Vabadussoja_Ajaloo_Komitee, lk 9
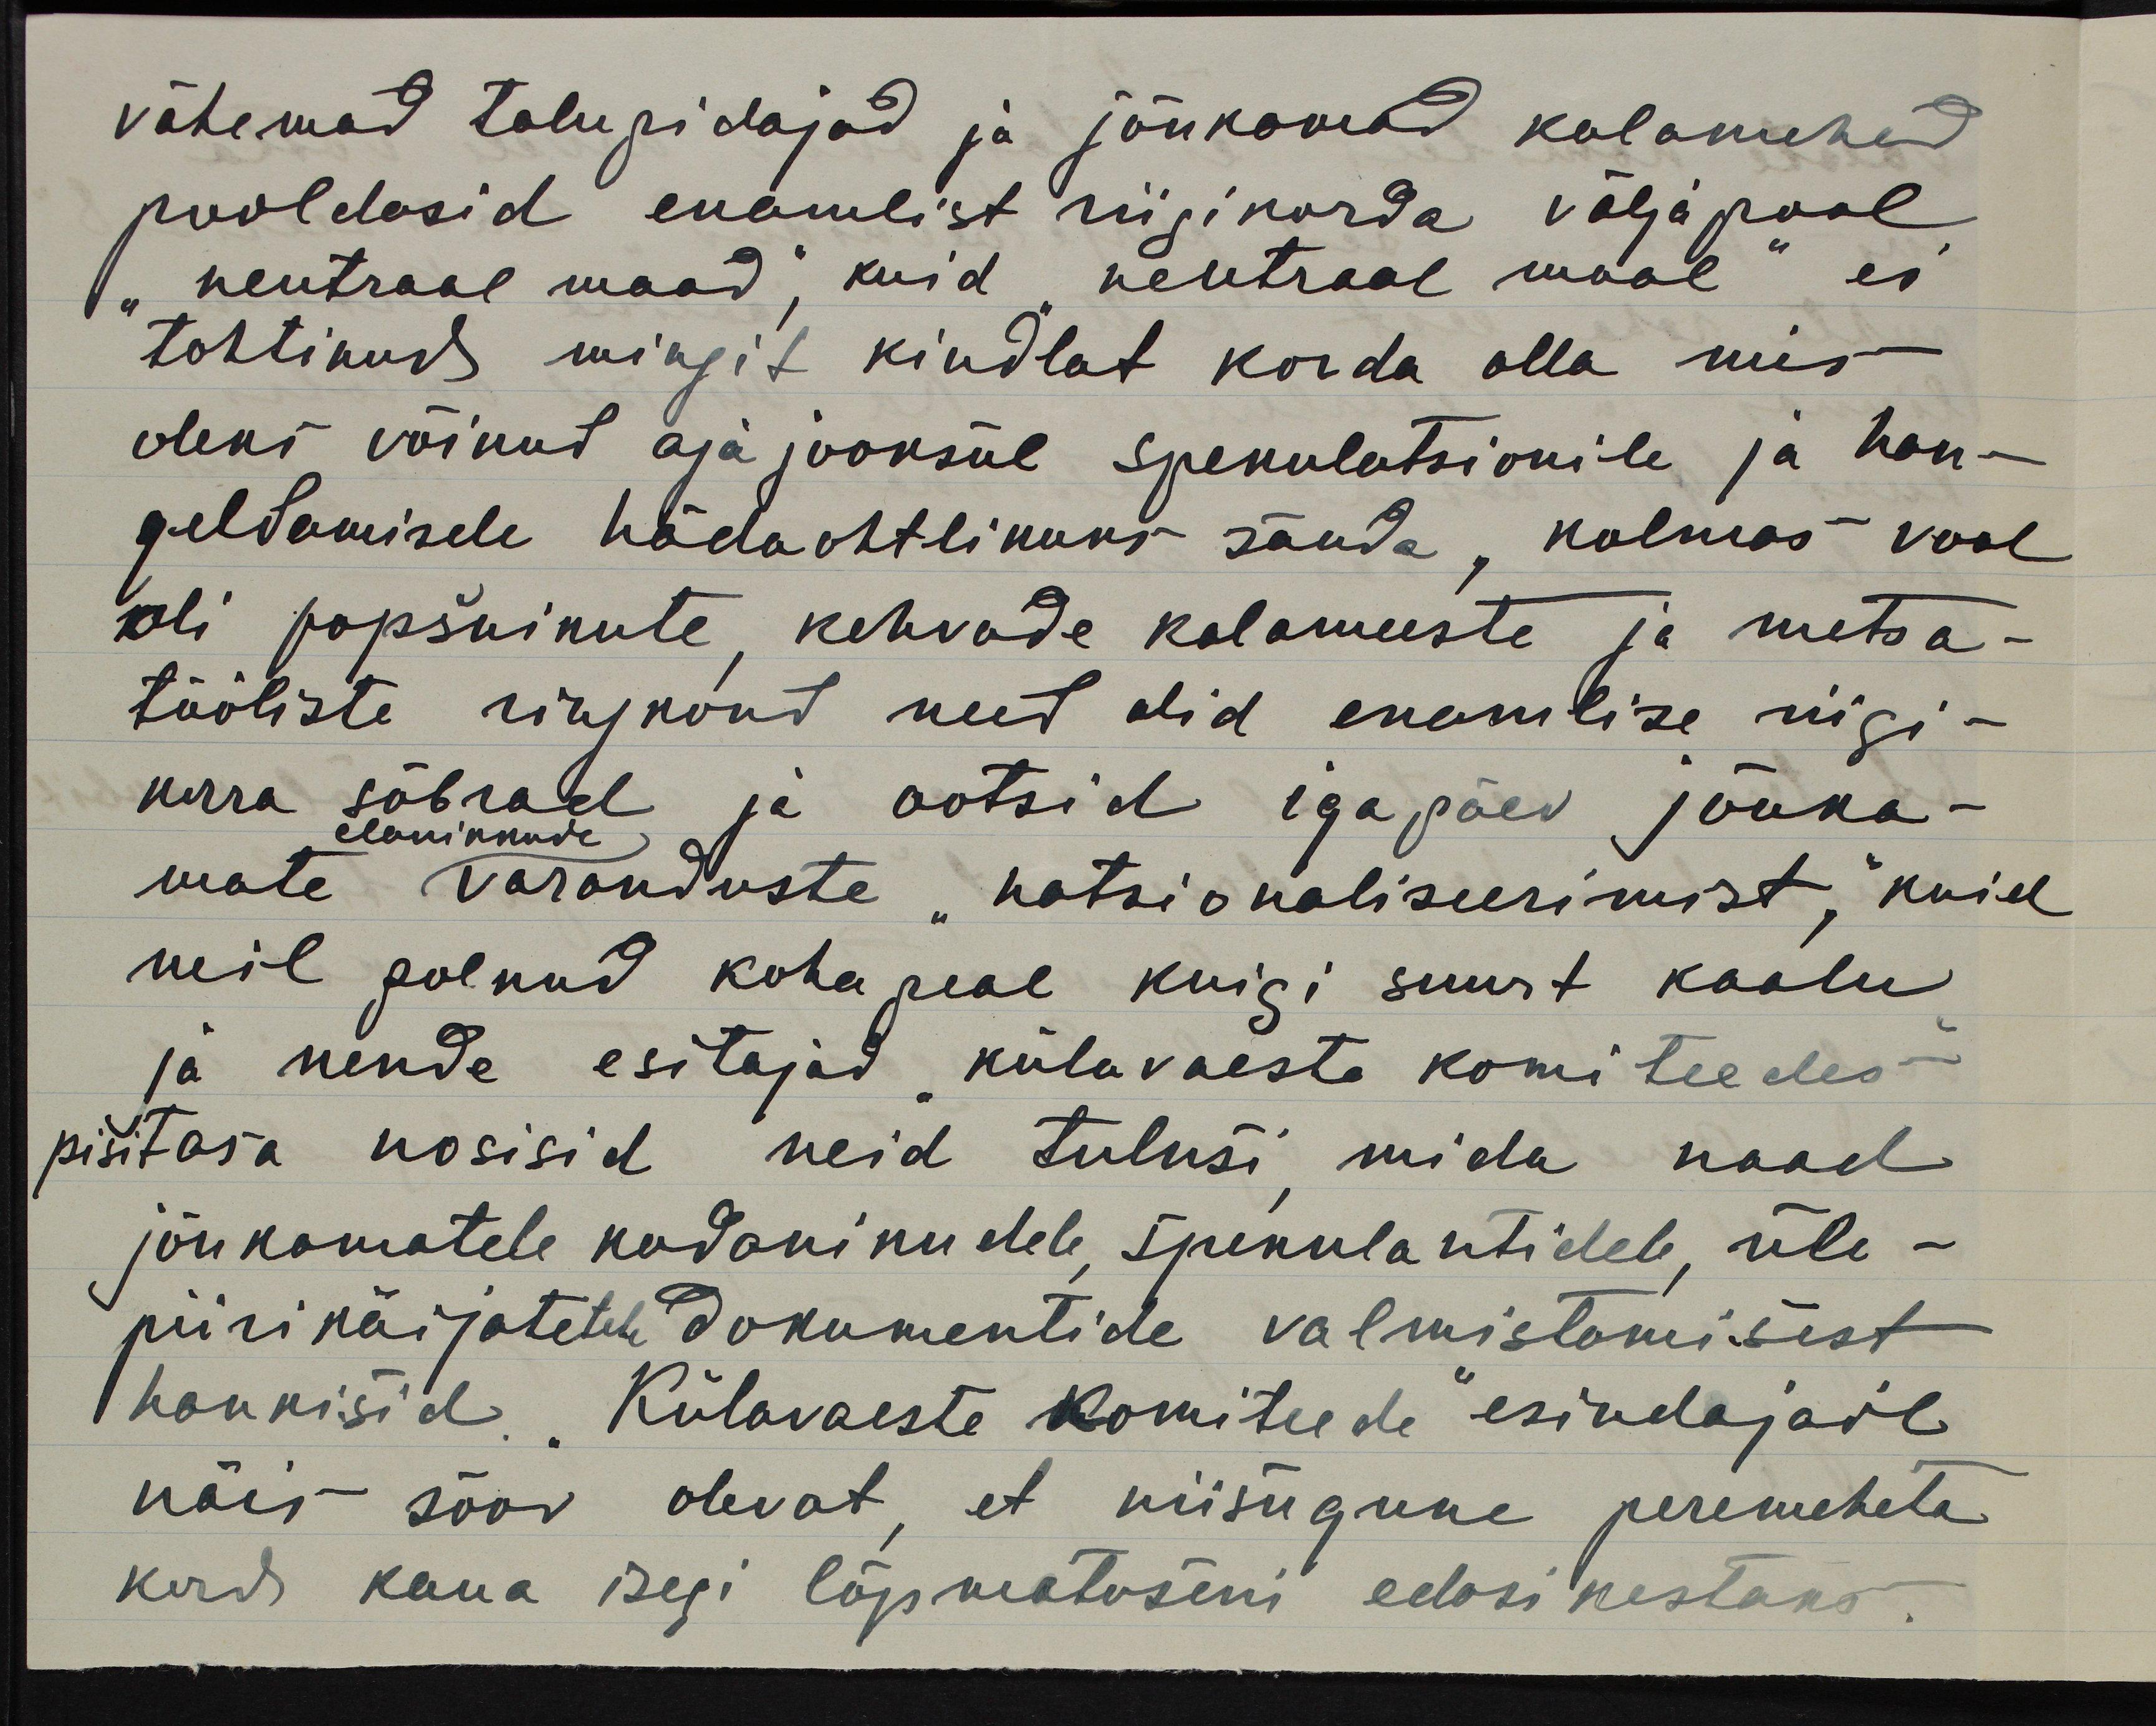
vähemad talupidajad ja jõukamad kalamehed
pooldasid enamlist riigikorda väljapool
"neutraal maad", kuid "neutraal maal" ei
tohtinud mingit kindlat korda olla mis
oleks võinud aja jooksul spekulatsionile ja han-
geldamisele hädaohtlikuks saada, kolmas veel
oli popšnikude, kehvade kalameeste ja metsa-
tööliste ringkond need olid enamlise riigi-
korra sõbrad ja ootsid igapäev jõuka-
elanikkude
mate varanduste "natsionaliseerimist," kuid
neil polnud koha peal kuigi suurt kaalu
ja nende esitajad "külavaeste komiteedes -"
pisitasa nosisid neid tulusi, mida naad
jõukamatele kodanikudele, spekulantidele, üle-
piirikäijatetele dokumentide valmistamisest
hankisid. "Külavaeste komiteede" esindajail
näis soov olevat, et niisugune peremeheta
kord kaua isegi lõpmatuseni edasi kestaks.